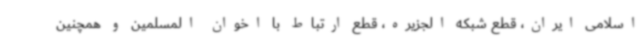
اسلامی ایران، قطع شبکه الجزیره، قطع ارتباط با اخوان المسلمین و همچنین